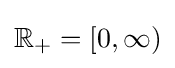
\mathbb {R} _{+}=[0,\infty )